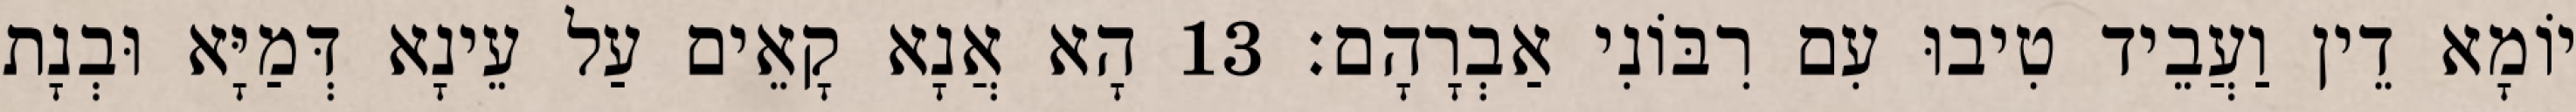
יוֹמָא דֵין וַעֲבֵיד טִיבוּ עִם רִבּוֹנִי אַבְרָהָם׃ 13 הָא אֲנָא קָאֵים עַל עֵינָא דְּמַיָּא וּבְנָת